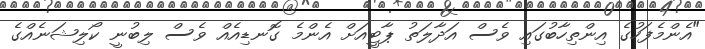
"އެންމެފަހުގެ އިންތިހާބުގައި ވެސް އަދާލަތު ޕާޓީއަށް އެންމެ ގޮނޑިއެއް ވެސް ލިބުނީ ކޯލިޝަނެއްގެ